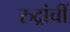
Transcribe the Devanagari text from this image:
रुद्रांचीं